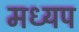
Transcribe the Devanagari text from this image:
मध्यप